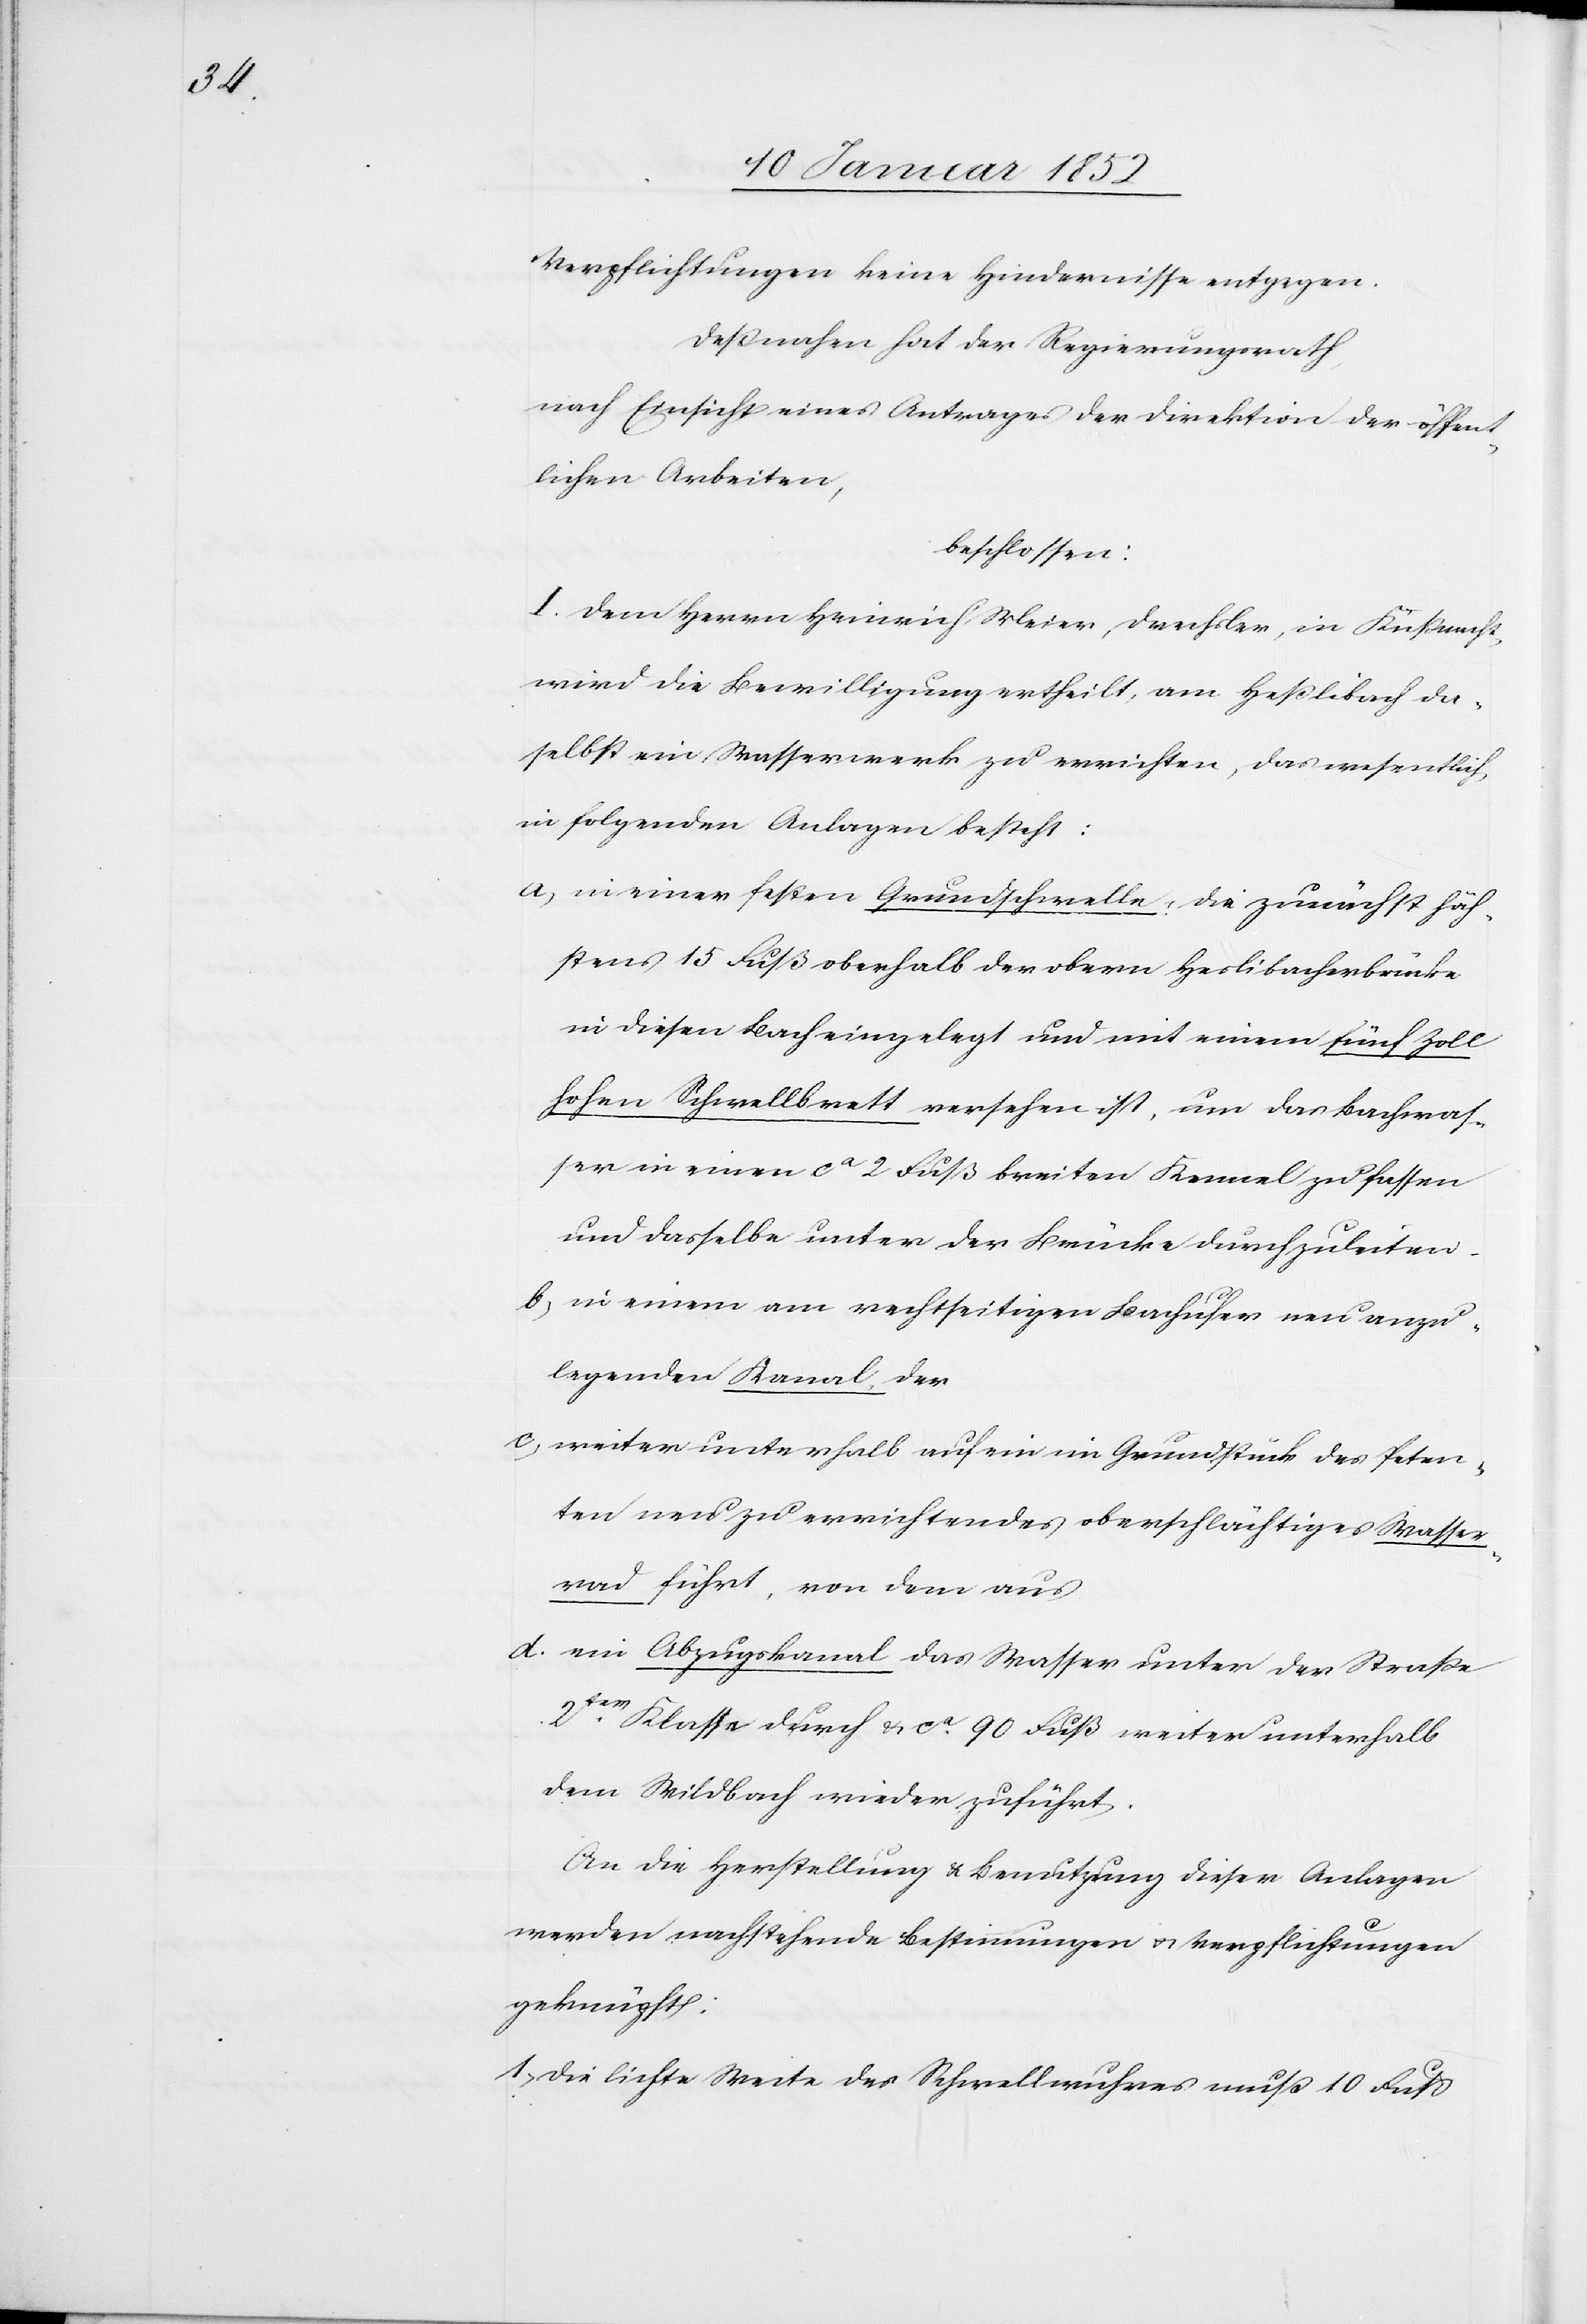
Verpflichtungen keine Hindernisse entgegen.
deßnahen hat der Regierungsrath,
nach Einsicht eines Antrages der Direktion der öffent¬
lichen Arbeiten,
beschlossen:
I. Dem Herrn Heinrich Meier, Drechsler, in Küßnacht,
wird die Bewilligung ertheilt, am Heßlibach da¬
selbst ein Wasserwerk zu errichten, das wesentlich
in folgenden Anlagen besteht:
a, in einer festen Grundschwelle, die zunächst höch¬
sten 15 Fuß oberhalb der obern Heslibacherbrücke
in diesen Bach eingelegt und mit einem fünf Zoll
hohen Schwellbrett versehen ist, um das Bachwaß¬
er in einen ca 2 Fuß breiten Kennel zu fassen
um dasselbe unter der Brücke durchzuleiten,
b, in einem am rechtseitigen Bachufer neu anzu¬
legenden Kanal, der
c, weiter unterhalb auf ein im Grundstück des Peten¬
ten neu zu errichtendes, oberschlächtiges Wasser¬
rad führt, von dem aus
d. ein Abzugskanal das Wasser unter der Straße
2ter Klasse durch u. ca 90 Fuß weiter unterhalb
dem Wildbach wieder zuführt.
An die Herstellung u. Benutzung dieser Anlagen
werden nachstehende Bestimmungen u. Verpflichtungen
geknüpft:
1. Die lichte Weite des Schwellwuhres muß 10 Fuß